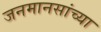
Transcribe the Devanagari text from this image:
जनमानसांच्या